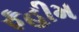
ફહીમ